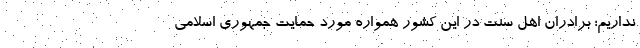
نداریم؛ برادران اهل سنت در این کشور همواره مورد حمایت جمهوری اسلامی